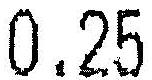
0.25